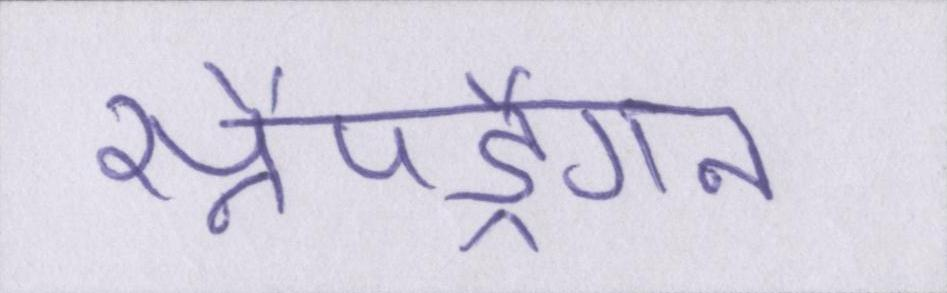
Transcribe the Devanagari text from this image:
स्नैपड्रैगन